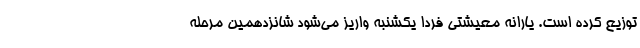
توزیع کرده است. یارانه معیشتی فردا یکشنبه واریز می‌شود شانزدهمین مرحله